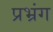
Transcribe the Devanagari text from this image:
प्रभ्रंग